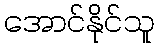
အောင်နိုင်သူ